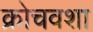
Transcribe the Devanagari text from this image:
क्रोचवशा